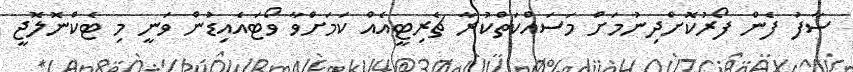
ސާފު ފެން ފޯރުކޮށްދިނުމަށް މަސައްކަތްކުރާ ޗެރިޓީއެއް ކަމަށްވާ ވޯޓައެއިޑުން ވަނީ މި ޓެކްނޮލޮޖީ